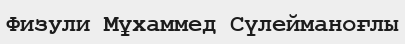
Физули Мұхаммед Сүлейманоғлы